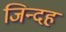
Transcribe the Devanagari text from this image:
जिन्दह